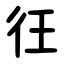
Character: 彺